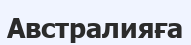
Австралияға